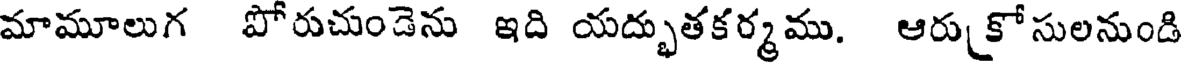
మామూలుగ పోరుచుండెను ఇది యద్భుతకర్మము. ఆరు కో సులనుండి